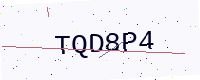
Text: TQD8P4